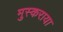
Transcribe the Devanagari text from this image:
मुस्कराया